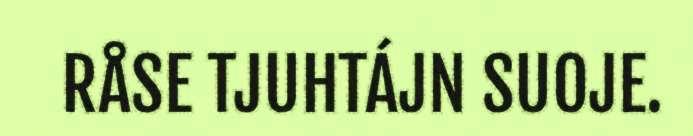
RÅSE TJUHTÁJN SUOJE.